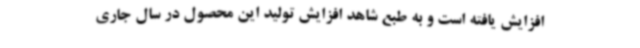
افزایش یافته است و به طبع شاهد افزایش تولید این محصول در سال جاری